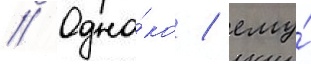
// Одна́ко / ему́